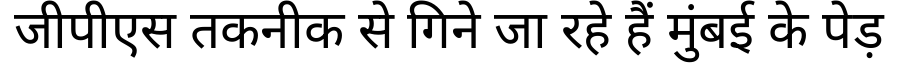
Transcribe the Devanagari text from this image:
जीपीएस तकनीक से गिने जा रहे हैं मुंबई के पेड़